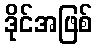
ဒိုင်အဖြစ်